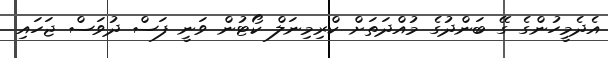
އެދެމީހުންގެ ގޭ ބަންދުގެ މުއްދަތަށް ކްރިމިނަލް ކޯޓުން ވަނީ ފަސް ދުވަސް ޖަހައި